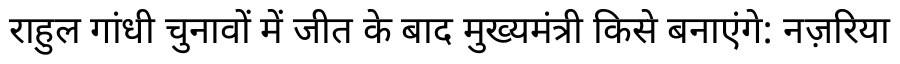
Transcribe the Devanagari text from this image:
राहुल गांधी चुनावों में जीत के बाद मुख्यमंत्री किसे बनाएंगे: नज़रिया